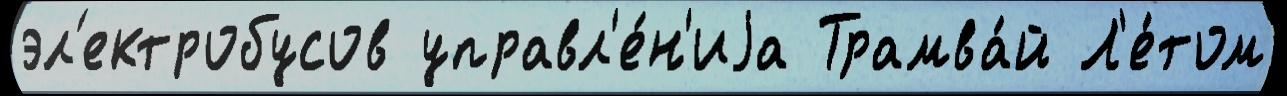
эл'ектробусов управл'е́н'иjа Трамва́й Л'е́том